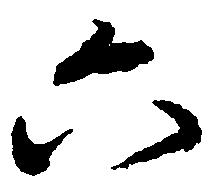
六